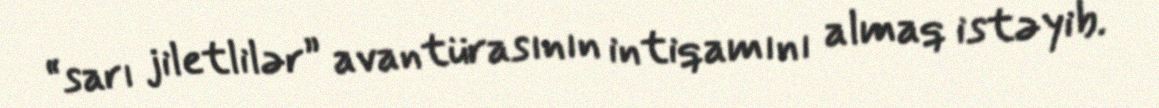
“sarı jiletlilər” avantürasının intiqamını almaq istəyib.